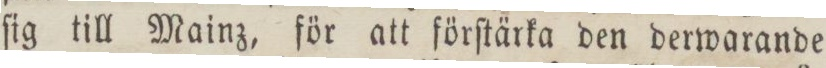
ſig till Mainz, för att förſtärka den derwarande